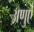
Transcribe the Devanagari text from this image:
अणुऐं